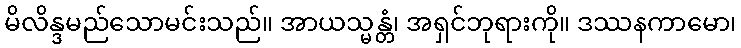
မိလိန္ဒမည်သောမင်းသည်။ အာယသ္မန္တံ၊ အရှင်ဘုရားကို။ ဒဿနကာမော၊